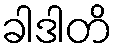
ခါဒါတိ